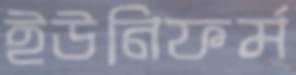
ইউনিফর্ম